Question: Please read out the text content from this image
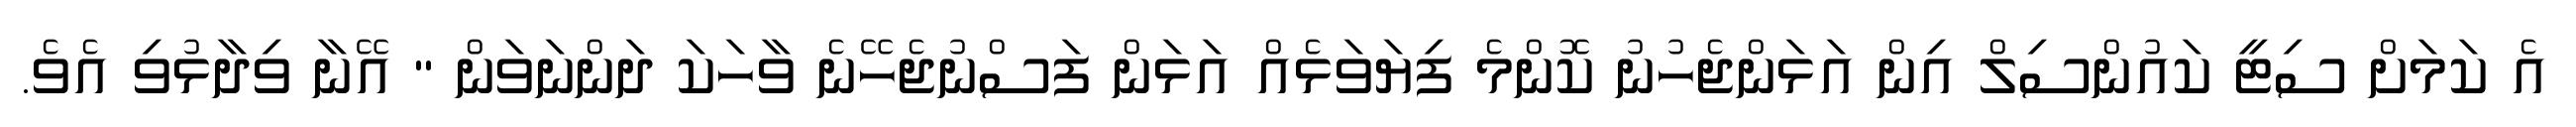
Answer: އެ ކަމަށް ސިޓީ ކައުންސިލް އިން އަޅަންޖެހުނު ކޮންމެ ފިޔަވަޅެއް އަޅަން ފަސްނުޖެހޭނެ ވާހަކަ ދަންނަވަން " އޭނާ ވިދާޅުވި އެވެ.